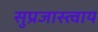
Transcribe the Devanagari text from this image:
सुप्रजास्त्वाय